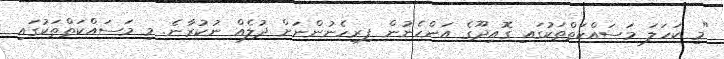
"މި ކަހަލަ މަސައްކަތްތަކުގައި ގޮއިދޫގެ އަންހެނުން ފިރިހެނުންނަށް ދުލެއް ނުކުރާނެ. މި މަސައްކަތްތަކުގައި